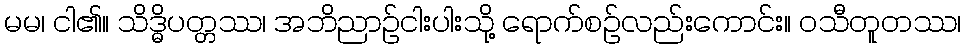
မမ၊ ငါ၏။ သိဒ္ဓိပတ္တဿ၊ အဘိညာဉ်ငါးပါးသို့ ရောက်စဉ်လည်းကောင်း။ ဝသီတူတဿ၊